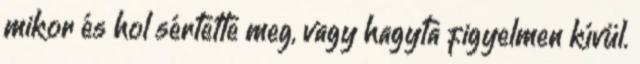
mikor és hol sértette meg, vagy hagyta figyelmen kívül.